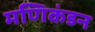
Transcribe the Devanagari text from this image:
मणिकंडन